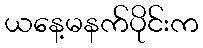
ယနေ့မနက်ပိုင်းက